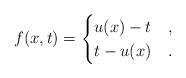
LaTeX: \begin{align*}f(x,t)=\begin{cases}u(x)-t &, \\t-u(x) &.\end{cases}\end{align*}